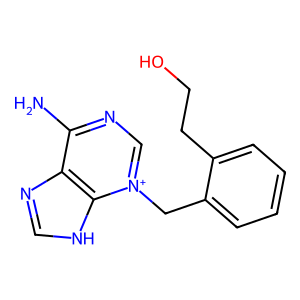
SMILES: Nc1nc[n+](Cc2ccccc2CCO)c2[nH]cnc12
Inhibits HIV replication: No